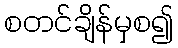
စတင်ချိန်မှစ၍